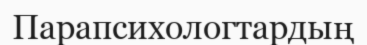
Парапсихологтардың